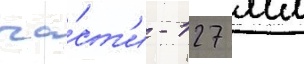
ча́ст'и - 127 мм